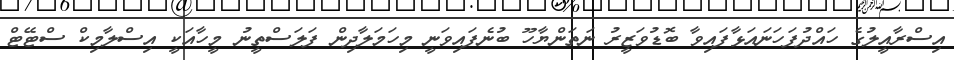
އިސްރާއީލުގެ ހައްދުފަހަނައަޅާފައިވާ ބޮޑުވަޒީރު ނަތަންޔާހޫ ބުނެފައިވަނީ މިހަމަލާދިން ފަލަސްތީނު މީހާއަކީ އިސްލާމިކް ސްޓޭޓް